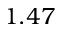
1 . 4 7